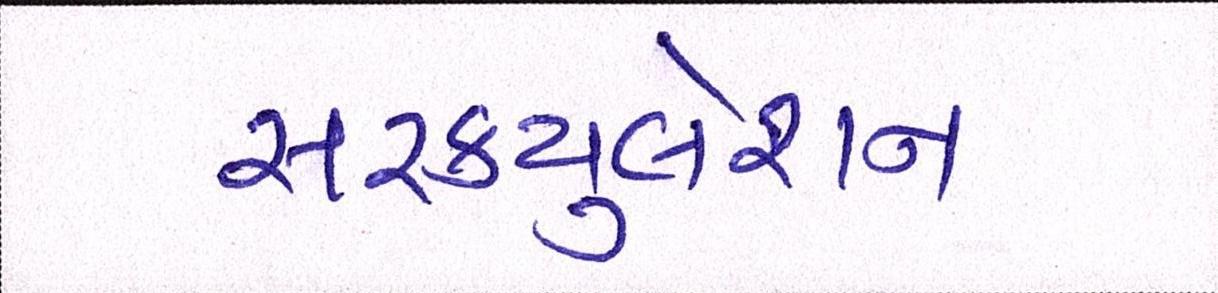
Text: સરકયુલેશન